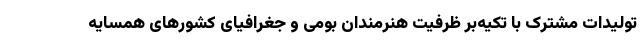
تولیدات مشترک با تکیه‌بر ظرفیت هنرمندان بومی و جغرافیای کشورهای همسایه